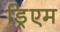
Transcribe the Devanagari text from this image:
ड्रिएम